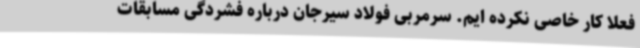
فعلا کار خاصی نکرده ایم. سرمربی فولاد سیرجان درباره فشردگی مسابقات